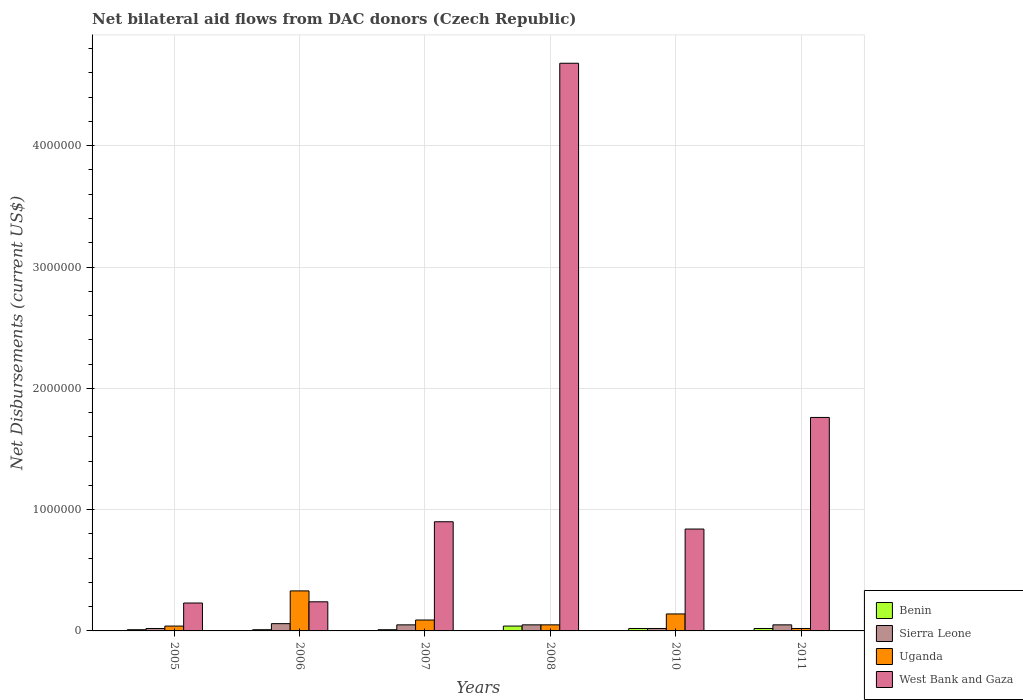
| Years | Benin | Sierra Leone | Uganda | West Bank and Gaza |
 | --- | --- | --- | --- | --- |
 | 2005 | 1e+04 | 2e+04 | 4e+04 | 2.3e+05 |
 | 2006 | 1e+04 | 6e+04 | 3.3e+05 | 2.4e+05 |
 | 2007 | 1e+04 | 5e+04 | 9e+04 | 9e+05 |
 | 2008 | 4e+04 | 5e+04 | 5e+04 | 4.68e+06 |
 | 2010 | 2e+04 | 2e+04 | 1.4e+05 | 8.4e+05 |
 | 2011 | 2e+04 | 5e+04 | 2e+04 | 1.76e+06 |